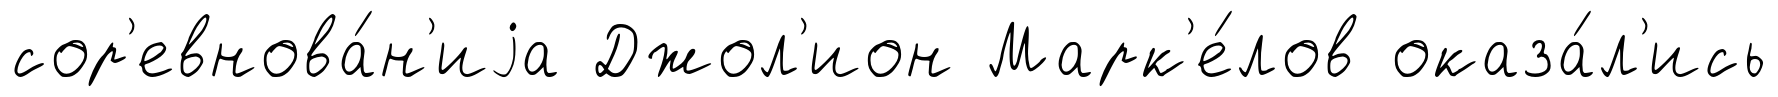
сор'евнова́н'иjа Джол'ион Марк'е́лов оказа́л'ись